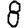
Digit: 8